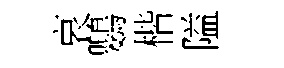
哀鸚楷隘